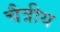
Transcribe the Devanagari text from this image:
चैत्रीय